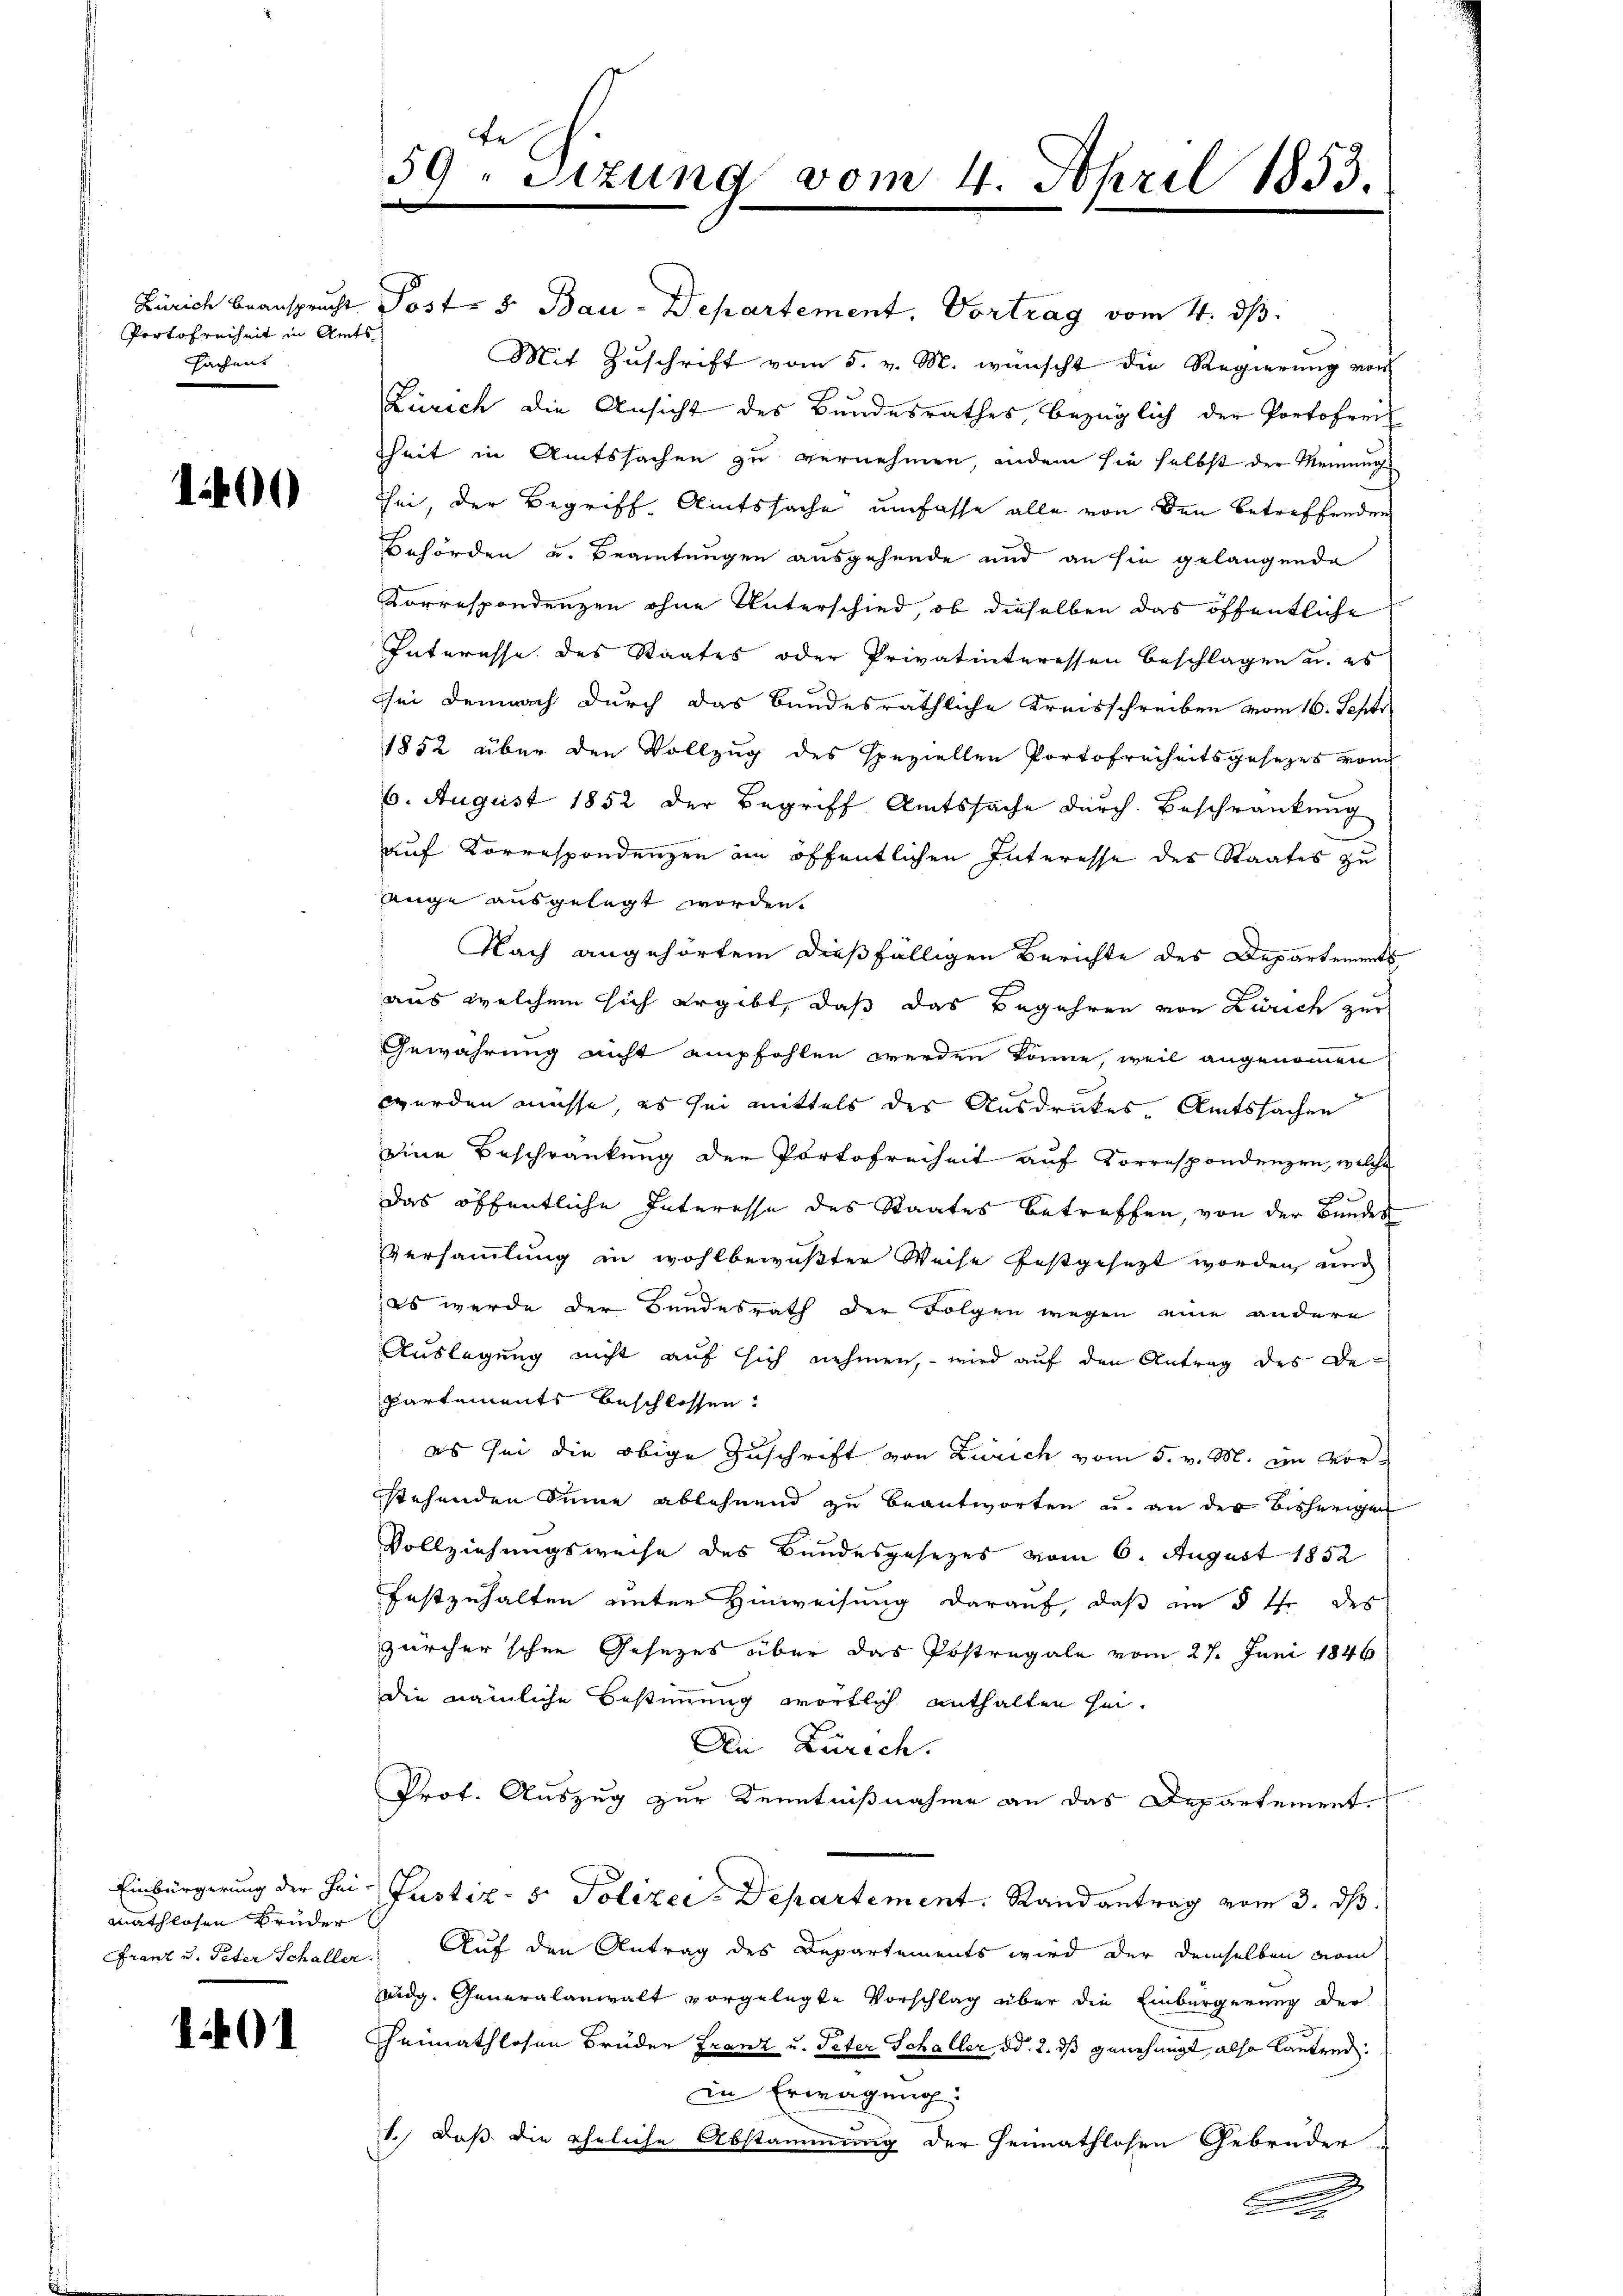
Portofreiheit in Amts
sachen.

100

Einbürgerung der Heimathlosen Bruder
Franz u. Peter Schaller.

1401

59. Sizung vom 4. April 1853.

Zürich beansprucht Post- 5. Bau-Departement, Vortrag vom 4. dβ.
Mit Zuschrift vom 5. v. M. wünscht die Regierung von
Zürich die Ansicht des Bundesrathes bezüglich der Portofrech
theit in Amtssachen zu vernehmen, indem sie selbst der Meinung
sei, der Begriff Amtssache umfasse alle von den betreffenden
Behörden u. Beamtungen ausgehende und an sie gelangende
Korrespondenzen ohne Unterschied, ob dieselben das öffentliche
Interesse des Staates oder Privatinteressen Beschlagen u. es
sei demnach durch das bundesräthliche Kreisschreiben vom 16. Sept
1852 über den Vollzug des speziellen Portofreiheitsgesezes vom
6. August 1852 der Begriff Amtssache durch Beschränkung
auf Korrespondenzen an öffentlichen Interesse des Staates zu
Auge ausgelegt worden.
Nach angehörtem dießfälligen Berichte des Departements
aus welchem sich ergibt, daß das Begehren von Zürich zur
Gewährung nicht empfohlen werden könne, weil angenommen
werden müsse, es sei mittels der Ausdruckes, Amtssachen
eine Beschränkung der Portofreiheit auf Korrespondenzen, welche
Das öffentliche Interesse des Staates betreffen, von der Bundes
Versammlung in wohlbewußter Weise festgesezt worden, und
; es werde der Bundesrath der Folgen wegen eine andere
Auslegung nicht auf sich nehmen, – wird auf den Antrag des De¬
Partements beschlossen:
es sei die obige Zuschrift von Zürich vom 5. v. M. im Vorstehenden Sinne ablehnend zu beantworten u. an der bisherigen
Vollziehungsweise des Bundesgesezes vom 6. August 1852
festzuhalten unter Hinweisung darauf, daß im § Ihr des
zürcher schon Gesezes über das Postregale vom 27. Juni 1846
die nämliche Bestimmung wörtlich enthalten sei¬
Dn Zürich.
Prot. Auszug zur Kenntnißnahme an das Departement.
Justiz- & Polizei- Departement. Randantrag vom 3. ds.
Auf den Antrag des Departements wird der demselben vom
idg. Generalanwalt vorgelegte Vorschlag über die Einbürgerung der
Heimathlosen Brüder Franz u. Peter Schaller, od. 2. ds genehmigt, also lautend.
in Erwägung
1.) Daß die eheliche Abstammung der Heimathlosen Gebrüder